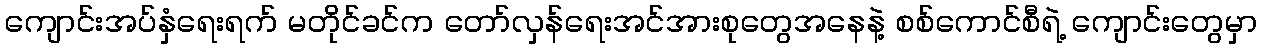
ကျောင်းအပ်နှံရေးရက် မတိုင်ခင်က တော်လှန်ရေးအင်အားစုတွေအနေနဲ့ စစ်ကောင်စီရဲ့ ကျောင်းတွေမှာ